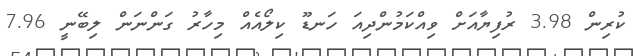
ކުރިން 3.98 ރުފިޔާއަށް ވިއްކަމުންދިއަ ހަނޑޫ ކިލޯއެއް މިހާރު ގަންނަން ލިބޭނީ 7.96